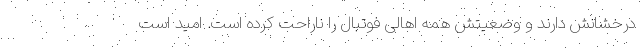
درخشانش دارند و وضعیتش همه اهالی فوتبال را ناراحت کرده است. امید است